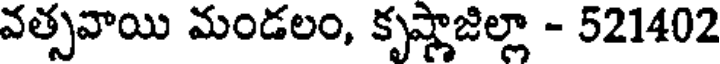
వత్సవాయి మండలం, కృష్ణాజిల్లా - 521402